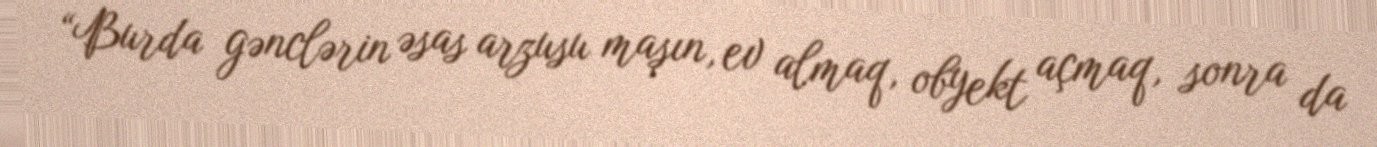
“Burda gənclərin əsas arzusu maşın, ev almaq, obyekt açmaq, sonra da